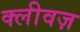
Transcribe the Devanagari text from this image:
क्लीवज़